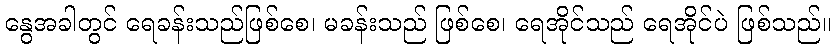
နွေအခါတွင် ရေခန်းသည်ဖြစ်စေ၊ မခန်းသည် ဖြစ်စေ၊ ရေအိုင်သည် ရေအိုင်ပဲ ဖြစ်သည်။